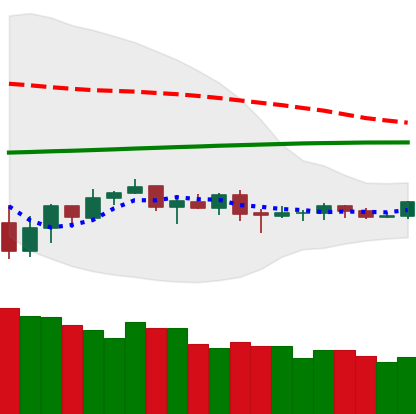
Ticker: ETC-USD
Chart end date: 2019-08-04
Forward return: -5.111%
Label: down_5_7